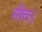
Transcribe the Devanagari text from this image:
सील।